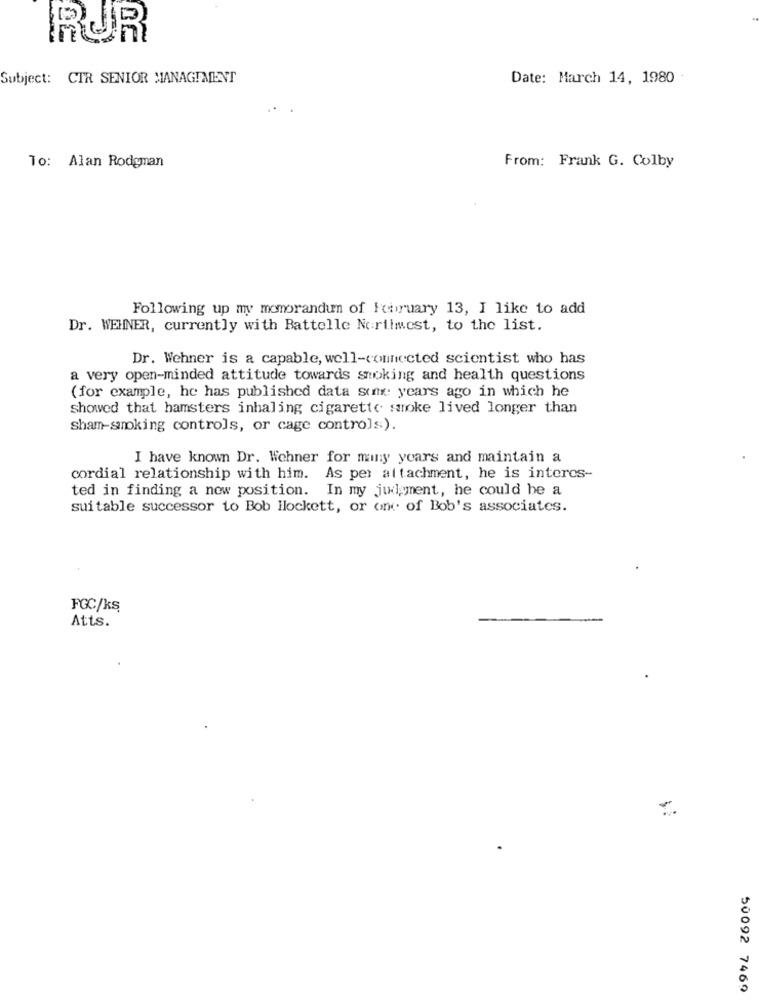
RUR
Subject: CTR SENIOR MANAGEMENT
Date: March 14, 1980
To: Alan Rodyman
From: Frank G. Colby
Following up my memorandum of February 13, I like to add
Dr. WEHNER, currently with Battelle Nortimest, to the list.
Dr. Wehner is a capable, well-connected scientist who has
a very open-minded attitude towards smoking and health questions
(for example, he has published data some years ago in which he
showed that hamsters inhaling cigarette smoke lived longer than
sham-smoking controls, or cage controls:).
I have known Dr. Wehner for many years and maintain a
cordial relationship with him.
As per attachment, he is interes-
ted in finding a new position.
In my judgment, he could be a
suitable successor to Bob Ilockett, or one of Bob's associates.
FGC/ks
Atts.
50092 7469